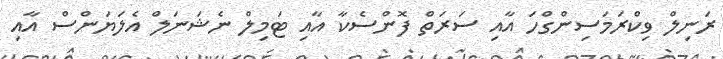
ރަނިލް ވިކްރަމަސިންގްހަ އާއި ސަރަތް ފޮންސެކާ އާއި ޓަމިލް ނެޝަނަލް އެލަޔަންސް އާއި